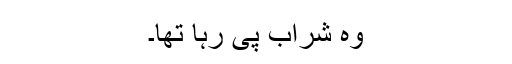
وہ شراب پی رہا تھا۔